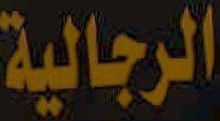
الرجالية